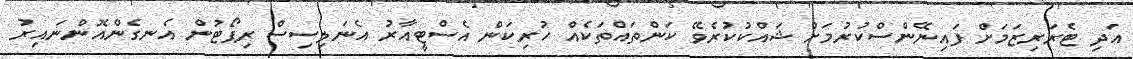
އަދި ޓެރަރިޒަމަށް ފައިނޭންސްކުރުމަށް ޝައްކުކުރެވޭ ކަންތައްތަކެއް ހުރިކަން އެސްޓީއާރު އެނަލިސިސް ރިޕޯޓުން އެނގެންއޮންނައިރު